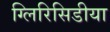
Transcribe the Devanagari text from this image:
ग्लिरिसिडीया